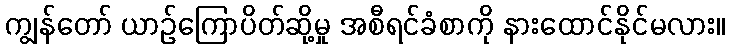
ကျွန်တော် ယာဉ်ကြောပိတ်ဆို့မှု အစီရင်ခံစာကို နားထောင်နိုင်မလား။